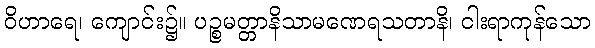
ဝိဟာရေ၊ ကျောင်း၌။ ပဉ္စမတ္တာနိသာမဏေရသတာနိ၊ ငါးရာကုန်သော